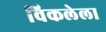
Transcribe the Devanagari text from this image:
विकलेला